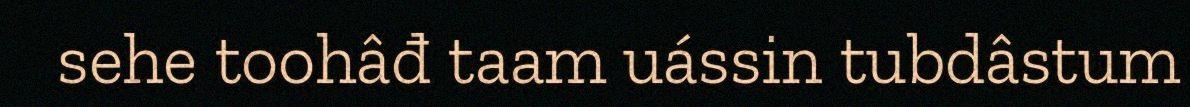
sehe toohâđ taam uássin tubdâstum